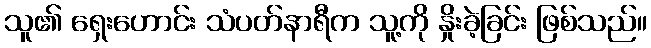
သူ၏ ရှေးဟောင်း သံပတ်နာရီက သူ့ကို နှိုးခဲ့ခြင်း ဖြစ်သည်။